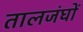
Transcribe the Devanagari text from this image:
तालजंघों